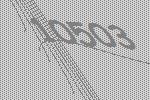
10503